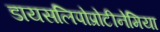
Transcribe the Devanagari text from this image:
डायसलिपोप्रोटीनेमिया